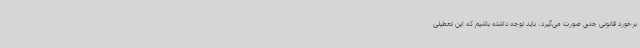
برخورد قانونی جدی صورت می‌گیرد، باید توجه داشته باشیم که این تعطیلی